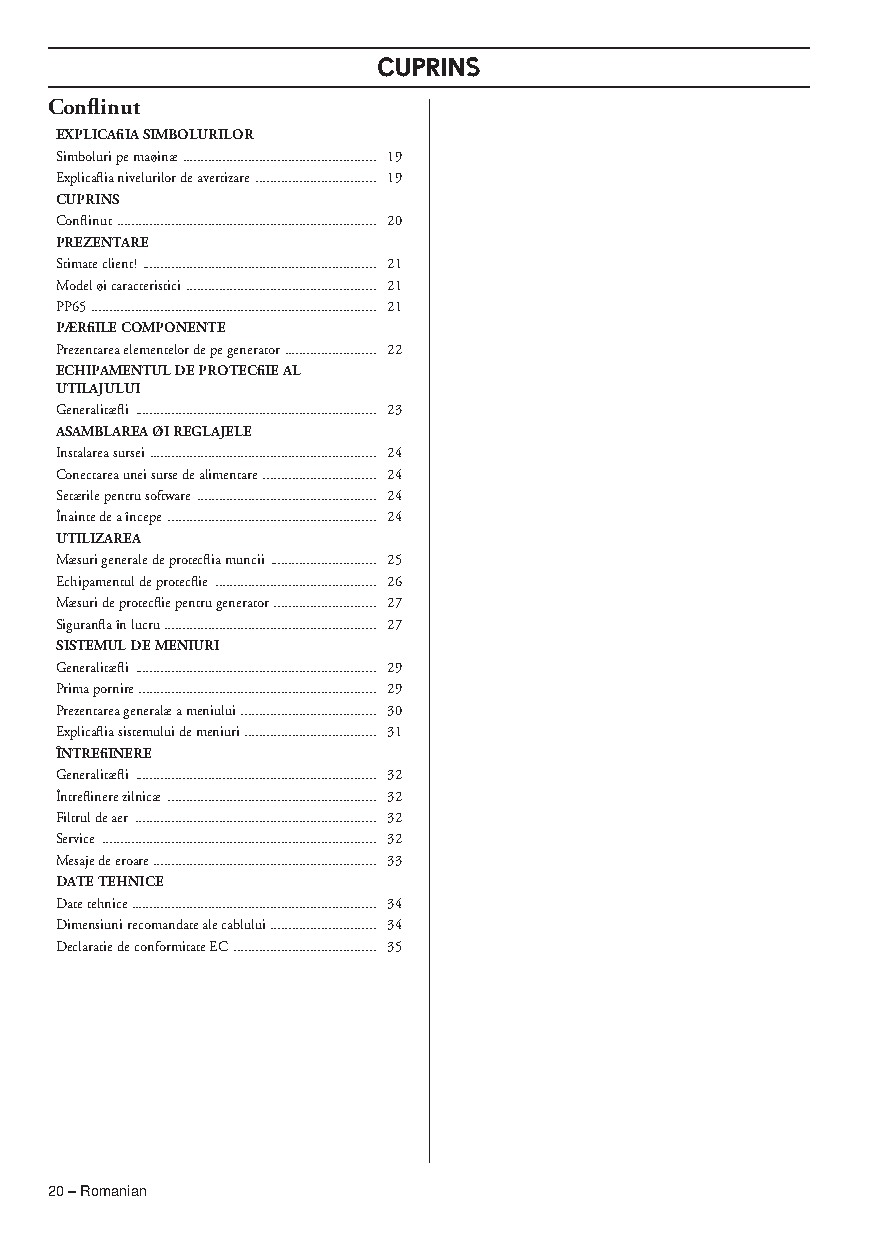
CUPRINS
 Conflinut
 EXPLICAfiIA SIMBOLURILOR
 Simboluri pe maøinæ ..................................................... 19
 Explicaflia nivelurilor de avertizare ................................. 19
 CUPRINS
 Conflinut ....................................................................... 20
 PREZENTARE
 Stimate client! ................................................................ 21
 Model øi caracteristici .................................................... 21
 PP65 .............................................................................. 21
 PÆRfiILE COMPONENTE
 Prezentarea elementelor de pe generator ......................... 22
 ECHIPAMENTUL DE PROTECfiIE AL
 UTILAJULUI
 Generalitæfli .................................................................. 23
 ASAMBLAREA ØI REGLAJELE
 Instalarea sursei .............................................................. 24
 Conectarea unei surse de alimentare ............................... 24
 Setærile pentru software ................................................. 24
 Înainte de a începe ......................................................... 24
 UTILIZAREA
 Mæsuri generale de protecflia muncii ............................. 25
 Echipamentul de protecflie ............................................ 26
 Mæsuri de protecflie pentru generator ............................ 27
 Siguranfla în lucru .......................................................... 27
 SISTEMUL DE MENIURI
 Generalitæfli .................................................................. 29
 Prima pornire ................................................................. 29
 Prezentarea generalæ a meniului ..................................... 30
 Explicaflia sistemului de meniuri .................................... 31
 ÎNTREfiINERE
 Generalitæfli .................................................................. 32
 Întreflinere zilnicæ ......................................................... 32
 Filtrul de aer .................................................................. 32
 Service ........................................................................... 32
 Mesaje de eroare ............................................................. 33
 DATE TEHNICE
 Date tehnice ................................................................... 34
 Dimensiuni recomandate ale cablului ............................. 34
 Declaratie de conformitate EC ....................................... 35
 20 – Romanian